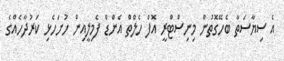
އެ ސިޔާސަތާ ބެހޭގޮތުން މިނިސްޓްރީ އޮފް ހެލްތް އެންޑް ފެމިލީއިން ހުށަހެޅި ކަރުދާހެއްގެ